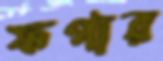
ফগার